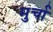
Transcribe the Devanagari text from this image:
मुर्चा